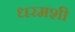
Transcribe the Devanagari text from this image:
धरमशी